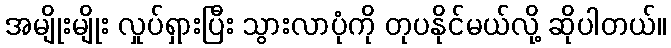
အမျိုးမျိုး လှုပ်ရှားပြီး သွားလာပုံကို တုပနိုင်မယ်လို့ ဆိုပါတယ်။